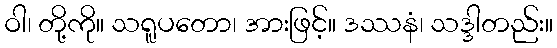
ဝါ၊ တို့ကို။ သရူပတော၊ အားဖြင့်။ ဒဿနံ၊ သဒ္ဒါတည်း။